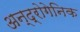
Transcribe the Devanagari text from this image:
अन्द्रोगेनिक